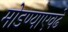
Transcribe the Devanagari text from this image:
मोडण्याएवढे